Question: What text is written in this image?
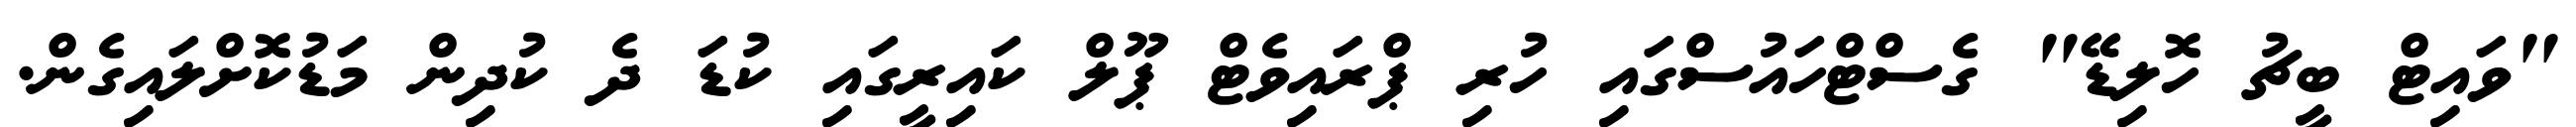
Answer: "ވައިޓް ބީޗު ހޮލިޑޭ" ގެސްޓްހައުސްގައި ހުރި ޕްރައިވެޓް ޕޫލް ކައިރީގައި ކުޑަ ދެ ކުދިން މަޑުކޮށްލައިގެން.